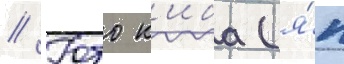
// Юто к'иба (я́п